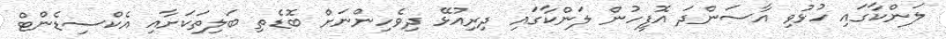
ލަންކާގައި ހުޅުވި އާސަންދަ އޮފީހުން ލަންކާގައި ދިރިއުޅޭ ދިވެހިންނަށް ބޮޑެތި ބަލިތަކަށާއި އެކްސިޑެންޓް